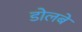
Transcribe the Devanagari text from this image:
डोलबे